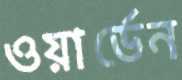
ওয়ার্ডেন